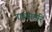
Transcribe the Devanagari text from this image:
गावपाडरि